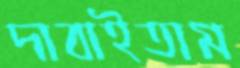
দাবাইতাম